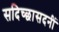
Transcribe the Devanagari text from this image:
सदिच्छासदनीं